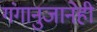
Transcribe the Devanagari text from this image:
गंगानुजानेही